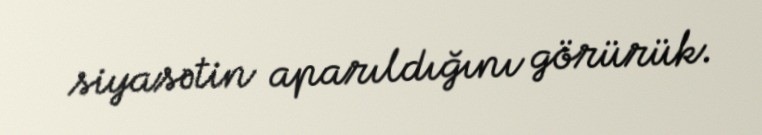
siyasətin aparıldığını görürük.